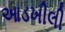
આડખીલી